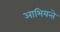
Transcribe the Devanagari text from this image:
आभियन्ते